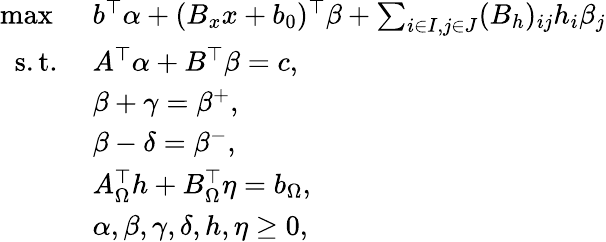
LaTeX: \begin{array}{rl}{\operatorname*{max}\ }&{b^{\top}\alpha+(B_{x}x+b_{0})^{\top}\beta+\sum_{i\in I,j\in J}(B_{h})_{ij}h_{i}\beta_{j}}\\ {\mathrm{s.t.}\ }&{A^{\top}\alpha+B^{\top}\beta=c,}\\ &{\beta+\gamma=\beta^{+},}\\ &{\beta-\delta=\beta^{-},}\\ &{A_{\Omega}^{\top}h+B_{\Omega}^{\top}\eta=b_{\Omega},}\\ &{\alpha,\beta,\gamma,\delta,h,\eta\geq 0,}\end{array}